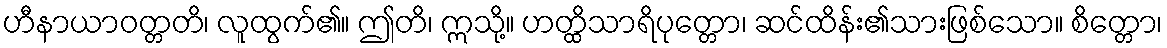
ဟီနာယာဝတ္တတိ၊ လူထွက်၏။ ဤတိ၊ ဣသို့။ ဟတ္ထိသာရိပုတ္တော၊ ဆင်ထိန်း၏သားဖြစ်သော။ စိတ္တော၊